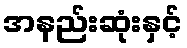
အနည်းဆုံးနှင့်